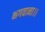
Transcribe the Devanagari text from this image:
भगवाना।।